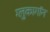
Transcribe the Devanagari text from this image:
ग्लुकागॉन